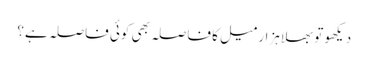
دیکھو تو بھلا ہزار میل کا فاصلہ بھی کوئی فاصلہ ہے؟